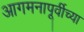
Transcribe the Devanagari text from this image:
आगमनापूर्वीच्या